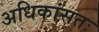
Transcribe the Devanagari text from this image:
अधिकांसतः